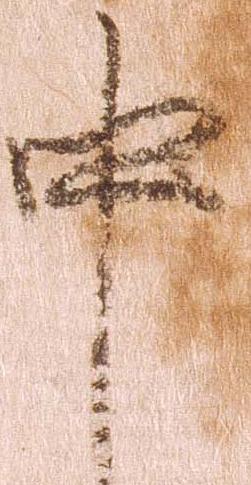
中